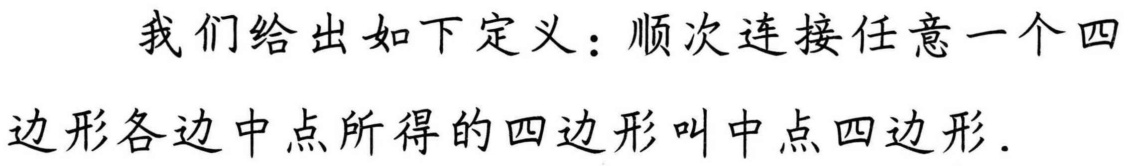
我们给出如下定义：顺次连接任意一个四
边形各边中点所得的四边形叫中点四边形．